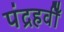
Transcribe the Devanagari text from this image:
पंद्रहवीँ